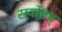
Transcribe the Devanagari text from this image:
सर्वोत्तम्